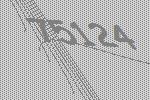
75124